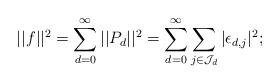
LaTeX: \begin{align*}||f||^2=\sum_{d=0}^{\infty}||P_d||^2=\sum_{d=0}^{\infty}\sum_{j\in\mathcal J_d}|\epsilon_{d,j}|^2;\end{align*}